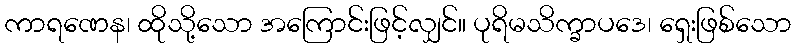
ကာရဏေန၊ ထိုသို့သော အကြောင်းဖြင့်လျှင်။ ပုရိမသိက္ခာပဒေ၊ ရှေးဖြစ်သော